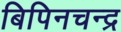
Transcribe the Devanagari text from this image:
बिपिनचन्द्र